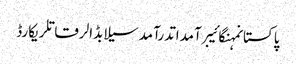
پاکستانمہنگائیبرآمداتدرآمدسیلابڈالرقاتلریکارڈ